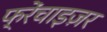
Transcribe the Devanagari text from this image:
फ्रेंचाइज़र